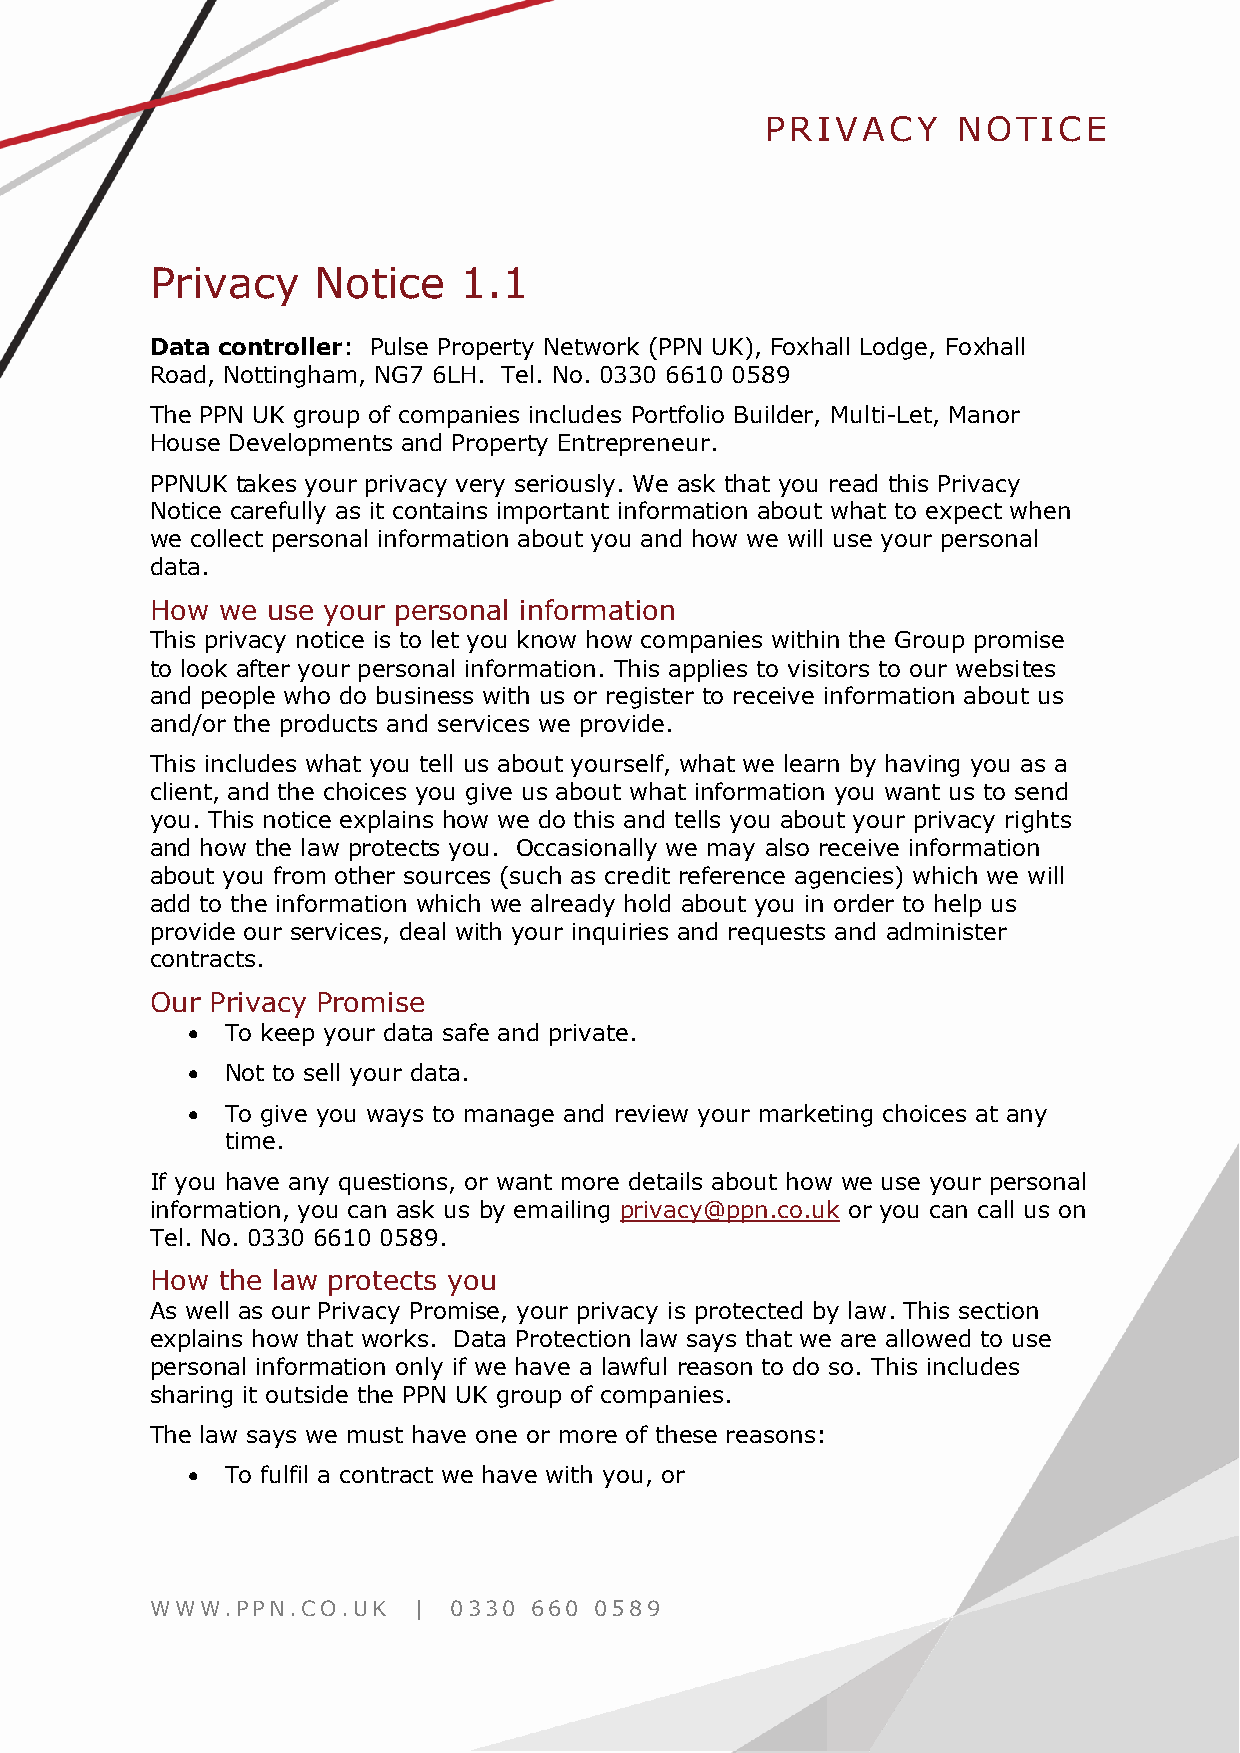
PRIVACY     NOTICE
 Privacy    Notice   1.1
 Data controller: Pulse Property Network (PPN UK), Foxhall Lodge, Foxhall
 Road, Nottingham, NG7 6LH. Tel. No. 0330 6610 0589
 The PPN UK group of companies includes Portfolio Builder, Multi-Let, Manor
 House Developments and Property Entrepreneur.
 PPNUK takes your privacy very seriously. We ask that you read this Privacy
 Notice carefully as it contains important information about what to expect when
 we collect personal information about you and how we will use your personal
 data.
 How we  use your personal information
 This privacy notice is to let you know how companies within the Group promise
 to look after your personal information. This applies to visitors to our websites
 and people who do business with us or register to receive information about us
 and/or the products and services we provide.
 This includes what you tell us about yourself, what we learn by having you as a
 client, and the choices you give us about what information you want us to send
 you. This notice explains how we do this and tells you about your privacy rights
 and how the law protects you. Occasionally we may also receive information
 about you from other sources (such as credit reference agencies) which we will
 add to the information which we already hold about you in order to help us
 provide our services, deal with your inquiries and requests and administer
 contracts.
 Our Privacy Promise
 •  To keep your data safe and private.
 •  Not to sell your data.
 •  To give you ways to manage and review your marketing choices at any
 time.
 If you have any questions, or want more details about how we use your personal
 information, you can ask us by emailing privacy@ppn.co.uk or you can call us on
 Tel. No. 0330 6610 0589.
 How the law protects you
 As well as our Privacy Promise, your privacy is protected by law. This section
 explains how that works. Data Protection law says that we are allowed to use
 personal information only if we have a lawful reason to do so. This includes
 sharing it outside the PPN UK group of companies.
 The law says we must have one or more of these reasons:
 •  To fulfil a contract we have with you, or
 WWW.PPN.CO.UK    |  0330 660 0589